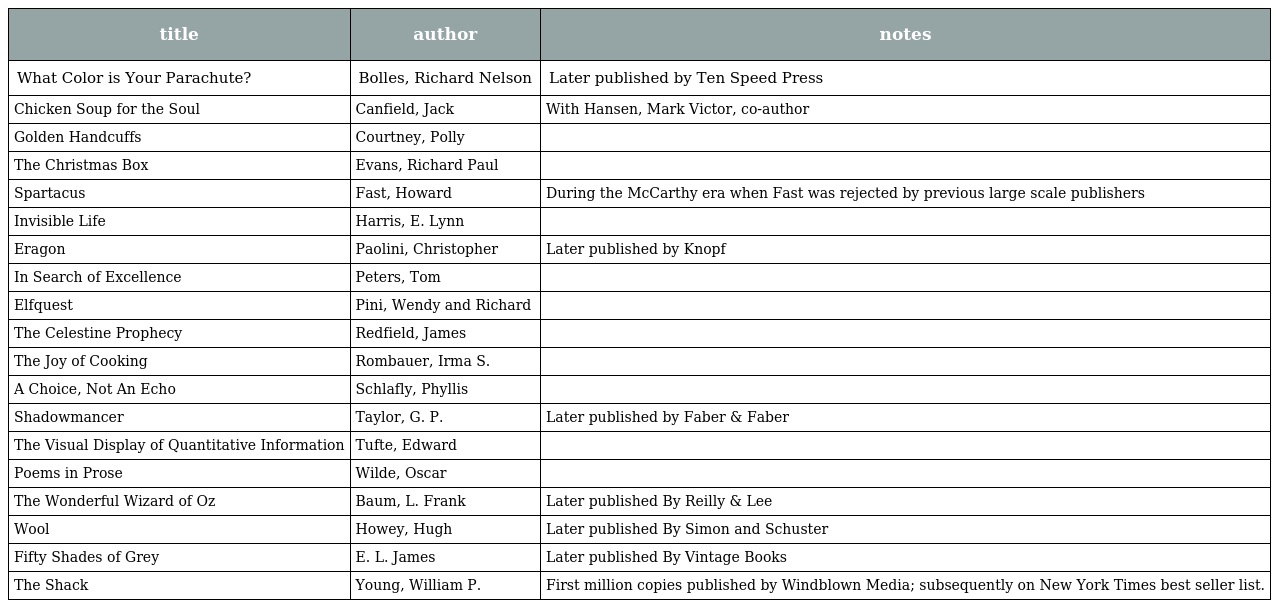
| title | author | notes |
 | --- | --- | --- |
 | What Color is Your Parachute? | Bolles, Richard Nelson | Later published by Ten Speed Press |
 | Chicken Soup for the Soul | Canfield, Jack | With Hansen, Mark Victor, co-author |
 | Golden Handcuffs | Courtney, Polly |  |
 | The Christmas Box | Evans, Richard Paul |  |
 | Spartacus | Fast, Howard | During the McCarthy era when Fast was rejected by previous large scale publishers |
 | Invisible Life | Harris, E. Lynn |  |
 | Eragon | Paolini, Christopher | Later published by Knopf |
 | In Search of Excellence | Peters, Tom |  |
 | Elfquest | Pini, Wendy and Richard |  |
 | The Celestine Prophecy | Redfield, James |  |
 | The Joy of Cooking | Rombauer, Irma S. |  |
 | A Choice, Not An Echo | Schlafly, Phyllis |  |
 | Shadowmancer | Taylor, G. P. | Later published by Faber & Faber |
 | The Visual Display of Quantitative Information | Tufte, Edward |  |
 | Poems in Prose | Wilde, Oscar |  |
 | The Wonderful Wizard of Oz | Baum, L. Frank | Later published By Reilly & Lee |
 | Wool | Howey, Hugh | Later published By Simon and Schuster |
 | Fifty Shades of Grey | E. L. James | Later published By Vintage Books |
 | The Shack | Young, William P. | First million copies published by Windblown Media; subsequently on New York Times best seller list. |